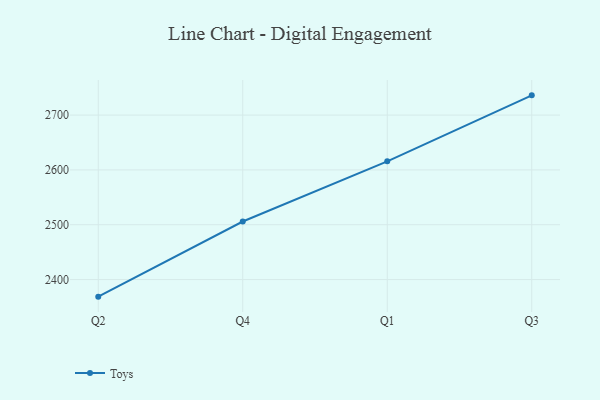
{"axis": {"x": "Quarter", "y": "Customer Acquisition Cost (USD)"}, "legend": ["Toys"], "data": [{"x": "Q2", "y": 2368.8, "type": "Toys"}, {"x": "Q4", "y": 2505.9, "type": "Toys"}, {"x": "Q1", "y": 2615.7, "type": "Toys"}, {"x": "Q3", "y": 2736.0, "type": "Toys"}]}